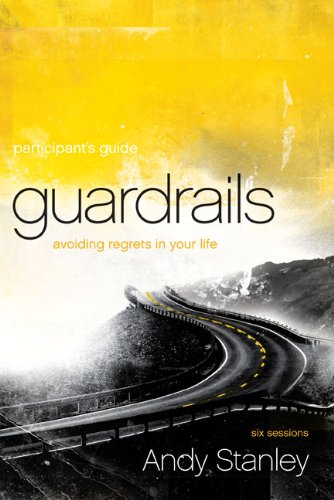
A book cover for Guardrails Participant's Guide: Avoiding Regrets in Your Life; Andy Stanley; Christian Books & Bibles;